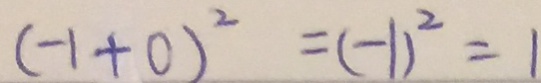
( - 1 + 0 ) ^ { 2 } = ( - 1 ) ^ { 2 } = 1